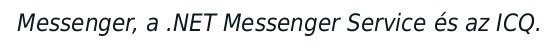
Messenger, a .NET Messenger Service és az ICQ.